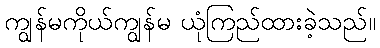
ကျွန်မကိုယ်ကျွန်မ ယုံကြည်ထားခဲ့သည်။